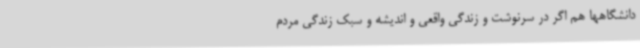
دانشگاهها هم اگر در سرنوشت و زندگی واقعی و اندیشه و سبک زندگی مردم